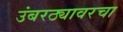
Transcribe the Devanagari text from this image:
उंबरठ्यावरचा